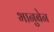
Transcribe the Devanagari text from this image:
भानुबेन